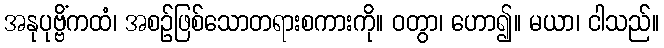
အနုပုဗ္ဗိံကထံ၊ အစဉ်ဖြစ်သောတရားစကားကို။ ဝတွာ၊ ဟော၍။ မယာ၊ ငါသည်။